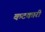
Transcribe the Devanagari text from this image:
कटकारी